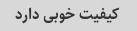
کیفیت خوبی دارد